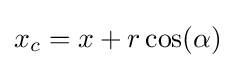
x_{c}=x+r\cos(\alpha )